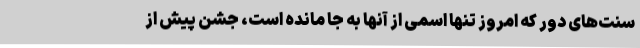
سنت‌های دور که امروز تنها اسمی از آنها به جا مانده است، جشن پیش از